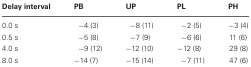
| Delay interval | PB | UP | PL | PH |
 | --- | --- | --- | --- | --- |
 | 0.0 s | −4 (3) | −8 (11) | −2 (5) | −3 (4) |
 | 0.5 s | −5 (8) | −7 (9) | −6 (6) | 11 (6) |
 | 4.0 s | −9 (12) | −12 (10) | −12 (8) | 29 (8) |
 | 8.0 s | −14 (7) | −15 (14) | −7 (11) | 47 (6) |